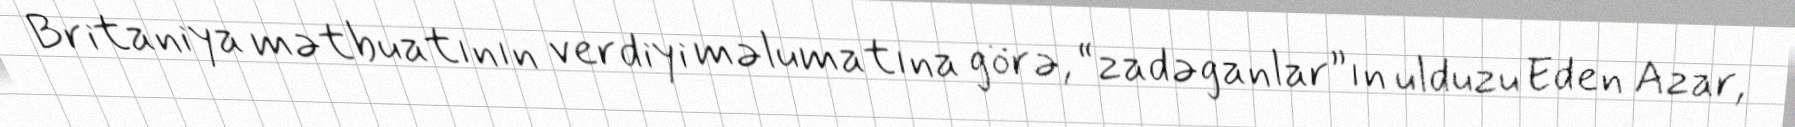
Britaniya mətbuatının verdiyi məlumatına görə, “zadəganlar”ın ulduzu Eden Azar,